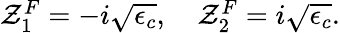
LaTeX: \begin{array}{r}{\mathcal{Z}_{1}^{F}=-i\sqrt{\epsilon_{c}},\quad\mathcal{Z}_{2}^{F}=i\sqrt{\epsilon_{c}}.}\end{array}